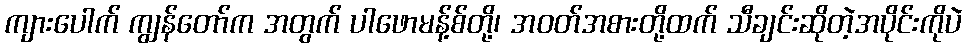
ကျားပေါက် ကျွန်တော်က အတွက် ပါဖောမန့်စ်တို့၊ အဝတ်အစားတို့ထက် သီချင်းဆိုတဲ့အပိုင်းကိုပဲ